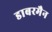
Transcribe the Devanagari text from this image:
डाबरमैन